Civil Veterinary Department Bengal reports 1923-33 - 1923-1933
Year: 1923
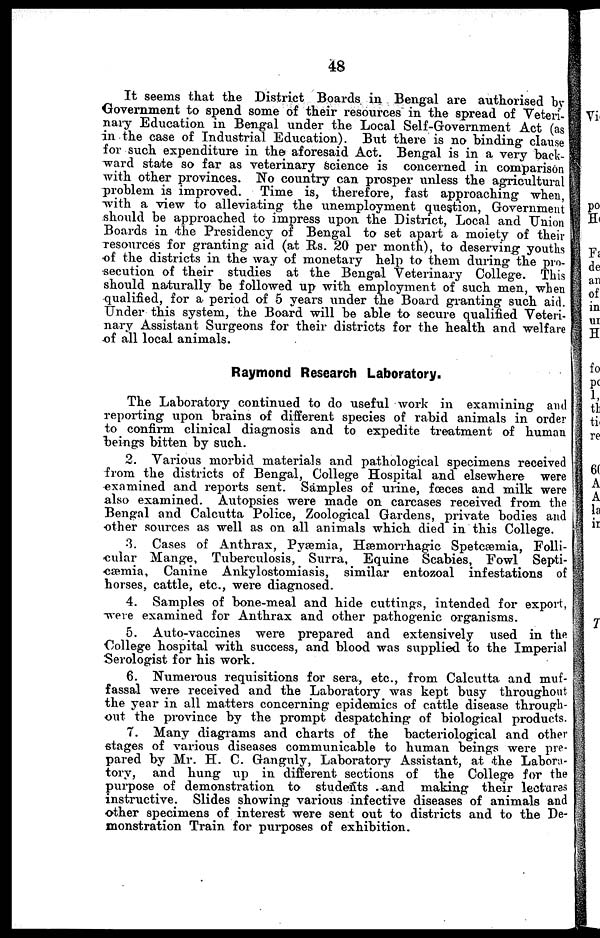
48
It seems that the District Boards in Bengal are authorised by
Government to spend some of their resources in the spread of Veteri-
nary Education in Bengal under the Local Self-Government Act (as
in the case of Industrial Education). But there is no binding clause
for such expenditure in the aforesaid Act. Bengal is in a very back-
ward state so far as veterinary science is concerned in comparison
with other provinces. No country can prosper unless the agricultural
problem is improved.
Time is, therefore, fast approaching when,
with a view to alleviating the unemployment question, Government
should be approached to impress upon the District, Local and Union
Boards in the Presidency of Bengal to set apart a moiety of their
resources for granting aid (at Rs. 20 per month), to deserving youths
of the districts in the way of monetary help to them during the pro-
secution of their studies at the Bengal Veterinary College. This
should naturally be followed up with employment of such men, when
qualified, for a period of 5 years under the Board granting such aid.
Under this system, the Board will be able to secure qualified Veteri-
nary Assistant Surgeons for their districts for the health and welfare
of all local animals.
Raymond Research Laboratory.
The Laboratory continued to do useful work in examining and
reporting upon brains of different species of rabid animals in order
to confirm clinical diagnosis and to expedite treatment of human
beings bitten by such.
2. Various morbid materials and pathological specimens received
from the districts of Bengal, College Hospital and elsewhere were
examined and reports sent. Samples of urine, fœces and milk were
also examined. Autopsies were made on carcases received from the
Bengal and Calcutta Police, Zoological Gardens, private bodies and
other sources as well as on all animals which died in this College.
3. Cases of Anthrax, Pyæmia, Hæmorrhagic Spetcæmia, Folli-
cular Mange, Tuberculosis, Surra, Equine Scabies, Fowl Septi-
cæmia, Canine Ankylostomiasis, similar entozoal infestations of
horses, cattle, etc., were diagnosed.
4. Samples of bone-meal and hide cuttings, intended for export,
were examined for Anthrax and other pathogenic organisms.
5. Auto-vaccines were prepared and extensively used in the
College hospital with success, and blood was supplied to the Imperial
Serologist for his work.
6. Numerous requisitions for sera, etc., from Calcutta and muf-
fassal were received and the Laboratory was kept busy throughout
the year in all matters concerning epidemics of cattle disease through-
out the province by the prompt despatching of biological products.
7. Many diagrams and charts of the bacteriological and other
stages of various diseases communicable to human beings were pre-
pared by Mr. H. C. Ganguly, Laboratory Assistant, at the Labora-
tory, and hung up in different sections of the College for the
purpose of demonstration to students and making their lectures
instructive. Slides showing various infective diseases of animals and
other specimens of interest were sent out to districts and to the De-
monstration Train for purposes of exhibition.